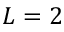
L = 2